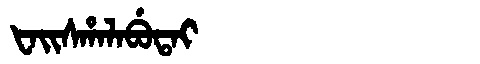
Manchu: ᡶᠠᡳᠰᡥᠠᠯᠠᠪᡠᡨᠠᡳ
Romanization: FAISHALABUTAI